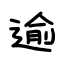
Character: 逾